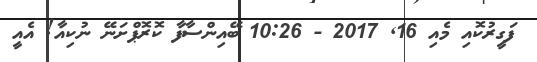
ފަގީރުކޮއި މެއި 16